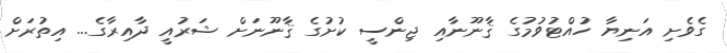
ގެވެށި އަނިޔާ ހުއްޓުވުމުގެ ޤާނޫނާއި ޖިންސީ ކުށުގެ ޤާނޫނަށް ޝަރުއީ ދާއިރާގެ... އިތުރަށް